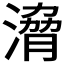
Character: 𣹩